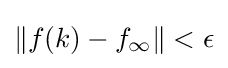
\|f(k)-f_{\infty }\|<\epsilon